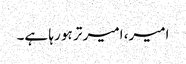
امیر، امیر تر ہو رہا ہے۔